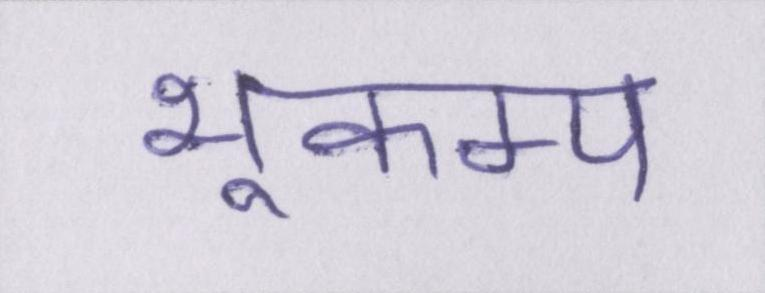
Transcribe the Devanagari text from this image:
भूकम्प